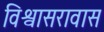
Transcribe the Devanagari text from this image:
विश्वासरावास